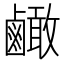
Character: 𪉿